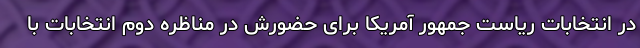
در انتخابات ریاست جمهور آمریکا برای حضورش در مناظره دوم انتخابات با